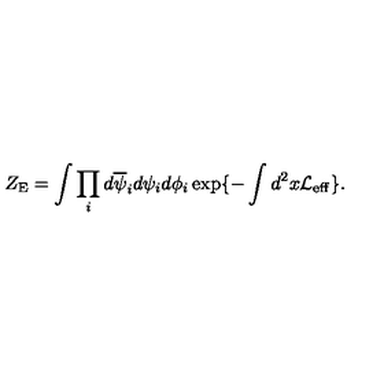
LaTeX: Z _ { \mathrm { E } } = \int \prod _ { i } d \overline { { \psi } } _ { i } d \psi _ { i } d \phi _ { i } \exp \{ - \int d ^ { 2 } x { \cal L } _ { \mathrm { e f f } } \} .